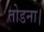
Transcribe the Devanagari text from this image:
तोडना।